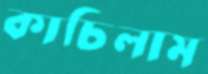
কাচিলাম